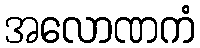
အလောဏကံ